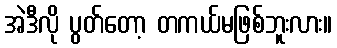
အဲဒီလို ပွတ်တော့ တကယ်မဖြစ်ဘူးလား။